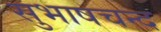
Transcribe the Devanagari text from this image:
सुभाषचन्द